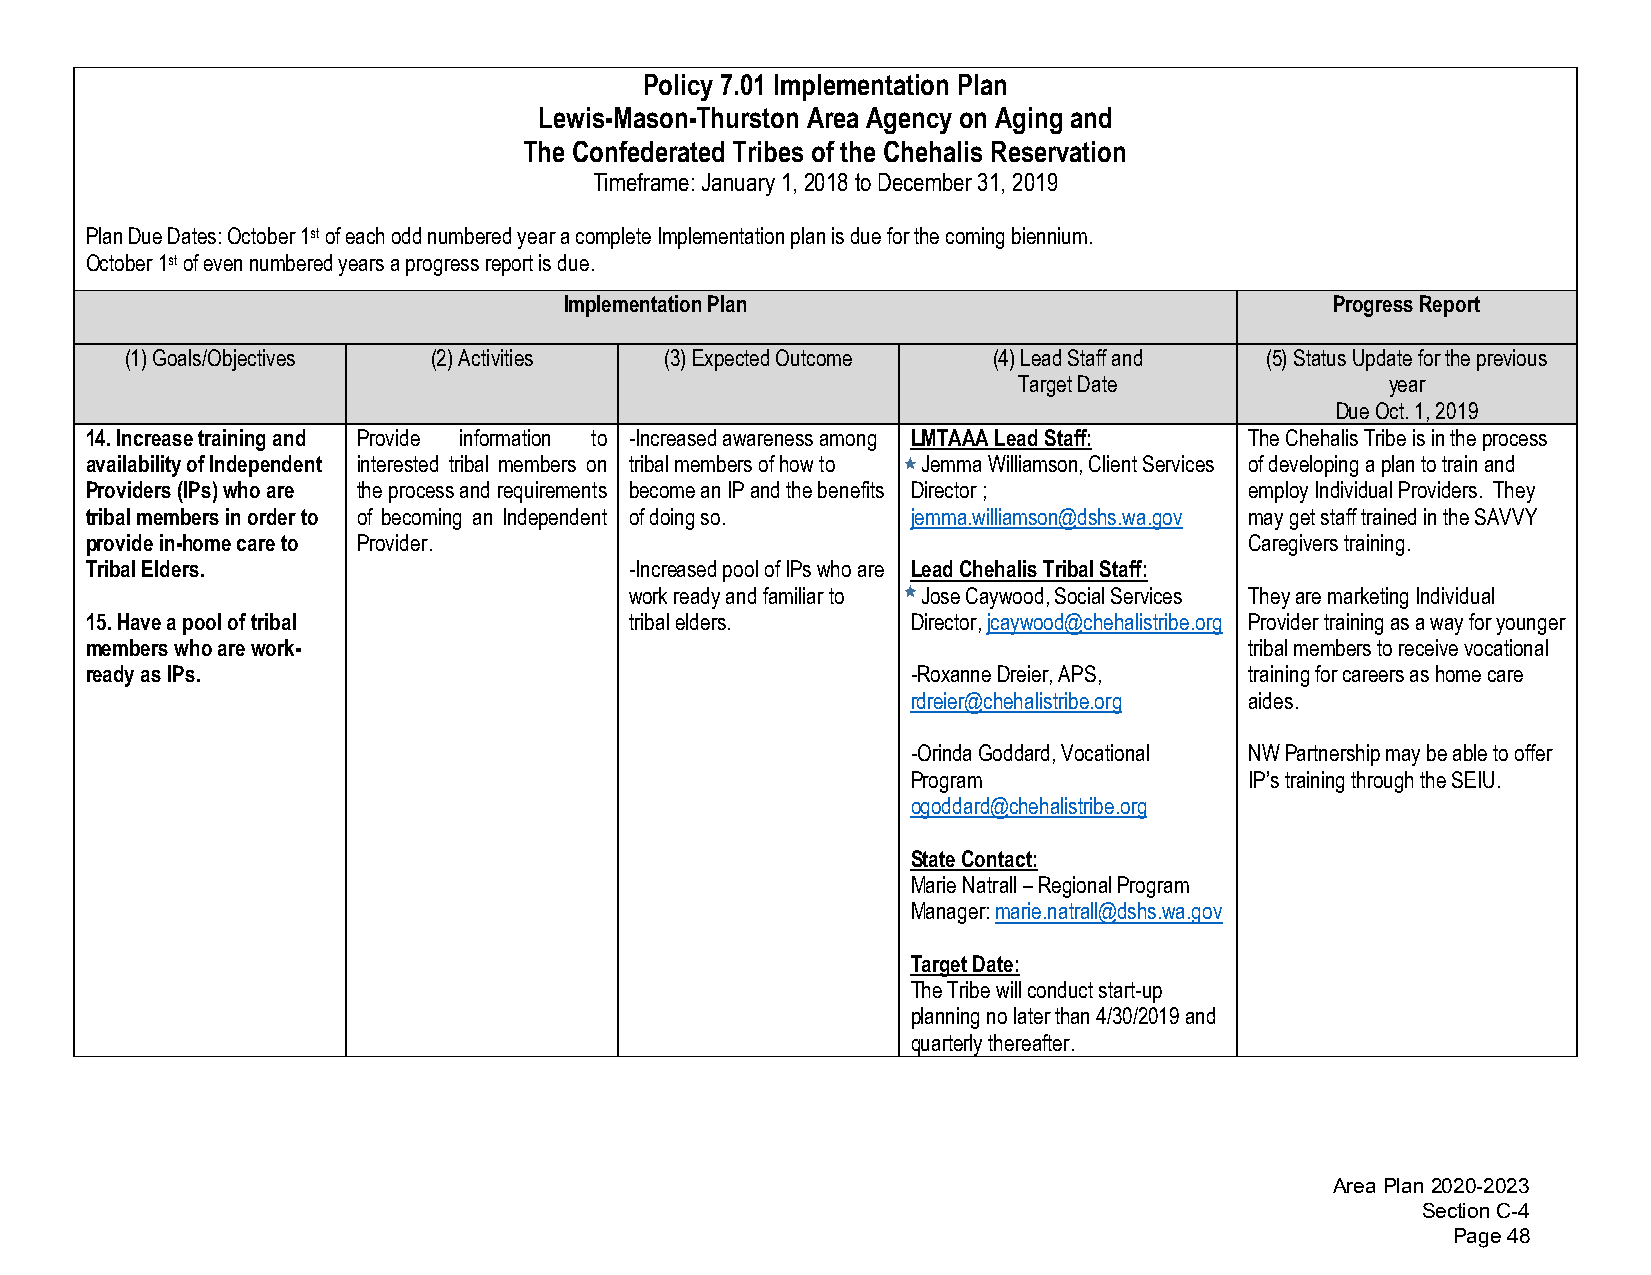
Policy 7.01 Implementation Plan
 Lewis-Mason-Thurston Area Agency on Aging and
 The Confederated Tribes of the Chehalis Reservation
 Timeframe: January 1, 2018 to December 31, 2019
 Plan Due Dates: October 1st of each odd numbered year a complete Implementation plan is due for the coming biennium.
 October 1st of even numbered years a progress report is due.
 Implementation Plan                                Progress Report
 (1)Goals/Objectives  (2)Activities  (3)Expected Outcome   (4)Lead Staff and (5)Status Update for the previous
 Target Date              year
 Due Oct. 1, 2019
 14.Increase training and Provide information to -Increased awareness among LMTAAA Lead Staff: The Chehalis Tribe is in the process
 availability of Independent interested tribal members on tribal members of how to Jemma Williamson, Client Services of developing a plan to train and
 Providers (IPs) who are the process and requirements become an IP and the benefits Director ; employ Individual Providers. They
 tribal members in order to of becoming an Independent of doing so. jemma.williamson@dshs.wa.gov may get staff trained in the SAVVY
 provide in-home care to Provider.                                            Caregivers training.
 Tribal Elders.                      -Increased pool of IPs who are Lead Chehalis Tribal Staff:
 work ready and familiar to Jose Caywood, Social Services They are marketing Individual
 15.Have a pool of tribal            tribal elders.    Director, jcaywood@chehalistribe.org Provider training as a way for younger
 members who are work-                                                        tribal members to receive vocational
 ready as IPs.                                         -Roxanne Dreier, APS,  training for careers as home care
 rdreier@chehalistribe.org aides.
 -Orinda Goddard, Vocational NW Partnership may be able to offer
 Program                IP’s training through the SEIU.
 ogoddard@chehalistribe.org
 State Contact:
 Marie Natrall – Regional Program
 Manager: marie.natrall@dshs.wa.gov
 Target Date:
 The Tribe will conduct start-up
 planning no later than 4/30/2019 and
 quarterly thereafter.
 Area Plan 2020-2023
 Section C-4
 Page 48